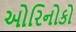
ઓરિનોકો